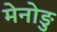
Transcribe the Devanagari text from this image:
मेनोङु